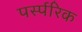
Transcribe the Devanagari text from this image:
पर्स्परिक